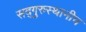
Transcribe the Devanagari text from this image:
सद्‌गुरुस्थानीच